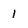
Character: 1